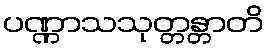
ပဏ္ဏာသသုတ္တန္တာတိ